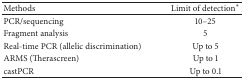
<table><thead><tr><td><b>Methods</b></td><td><b>Limit of detection*</b></td></tr></thead><tbody><tr><td>PCR/sequencing</td><td>10–25</td></tr><tr><td>Fragment analysis</td><td>5</td></tr><tr><td>Real-time PCR (allelic discrimination)</td><td>Up to 5</td></tr><tr><td>ARMS (Therascreen)</td><td>Up to 1</td></tr><tr><td>castPCR</td><td>Up to 0.1</td></tr></tbody></table>